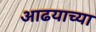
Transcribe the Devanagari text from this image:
आढयाच्या